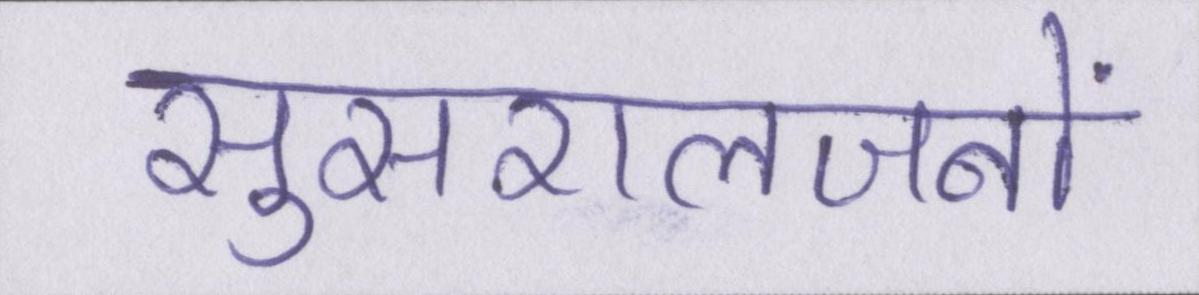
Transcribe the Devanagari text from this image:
सुसरालजनों